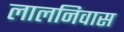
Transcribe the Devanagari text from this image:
लालनिवास